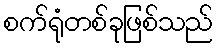
စက်ရုံတစ်ခုဖြစ်သည်